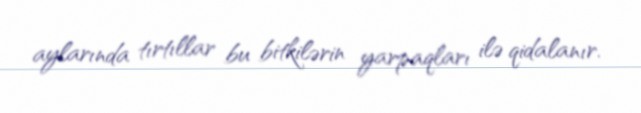
aylarında tırtıllar bu bitkilərin yarpaqları ilə qidalanır.